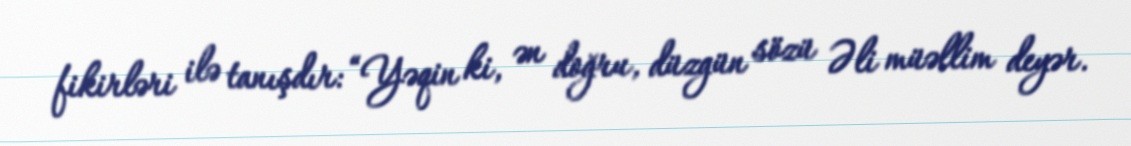
fikirləri ilə tanışdır: “Yəqin ki, ən doğru, düzgün sözü Əli müəllim deyər.